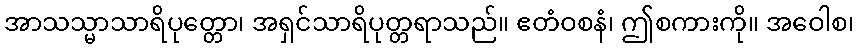
အာသသ္မာသာရိပုတ္တော၊ အရှင်သာရိပုတ္တရာသည်။ ဧတံဝစနံ၊ ဤစကားကို။ အဝေါစ၊